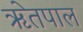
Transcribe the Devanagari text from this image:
ॠेतपाल